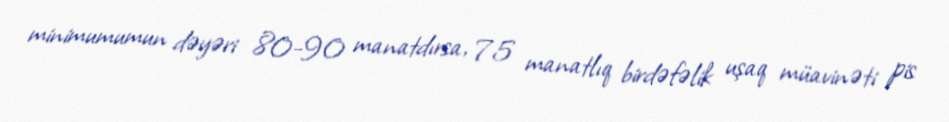
minimumumun dəyəri 80-90 manatdırsa, 75 manatlıq birdəfəlik uşaq müavinəti pis